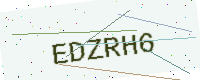
Text: EDZRH6